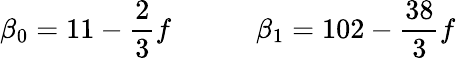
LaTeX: \beta_{0}=11-\frac{2}{3}f\qquad\quad\beta_{1}=102-\frac{38}{3}f